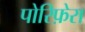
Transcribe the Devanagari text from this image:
पोरिफ़ेरा